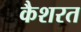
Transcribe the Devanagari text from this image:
कैशरत